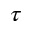
\tau